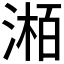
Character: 𪶯